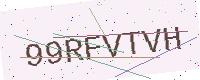
Text: 99RFVTVH